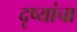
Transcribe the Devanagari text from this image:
दृष्यांचा